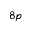
8 p